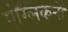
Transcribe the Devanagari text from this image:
एंग्लिकनों